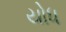
યોધ